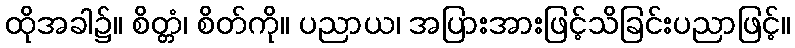
ထိုအခါ၌။ စိတ္တံ၊ စိတ်ကို။ ပညာယ၊ အပြားအားဖြင့်သိခြင်းပညာဖြင့်။